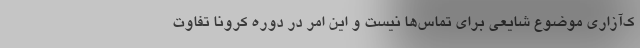
ک‌آزاری موضوع شایعی برای تماس‌ها نیست و این امر در دوره کرونا تفاوت